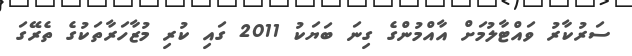
ސަރުކާރު ވައްޓާލުމަށް އާއްމުންގެ ގިނަ ބަޔަކު 2011 ގައި ކުރި މުޒާހަރާތަކުގެ ތެރޭގަ